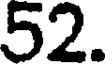
52.